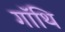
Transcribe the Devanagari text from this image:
गॉथि